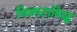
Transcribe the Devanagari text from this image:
चित्रपटाविरुद्ध